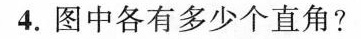
4.图中各有多少个直角?